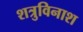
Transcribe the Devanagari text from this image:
शत्रुविनाश